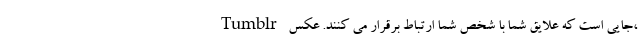
Tumblr جایی است که علایق شما با شخص شما ارتباط برقرار می کنند. عکس،